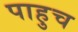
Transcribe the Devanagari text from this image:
पाहुच